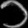
Digit: ၁